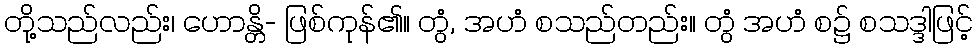
တို့သည်လည်း၊ ဟောန္တိ- ဖြစ်ကုန်၏။ တွံ, အဟံ စသည်တည်း။ တွံ အဟံ စ၌ စသဒ္ဒါဖြင့်